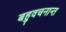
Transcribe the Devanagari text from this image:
बहुवचनान्त